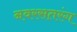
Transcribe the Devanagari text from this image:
नवरसतरंग